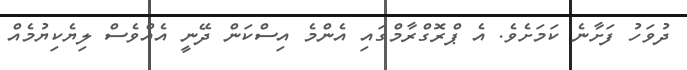
ދުވަހު ފަށާނެ ކަމަށެވެ. އެ ޕްރޮގްރާމްގައި އެންމެ އިސްކަން ދޭނީ އެއްވެސް ލިޔެކިޔުމެއް